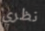
نظري